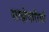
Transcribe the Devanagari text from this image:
साझेदारियाँ